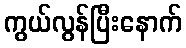
ကွယ်လွန်ပြီးနောက်